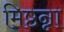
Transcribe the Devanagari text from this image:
मिष्ठन्ना